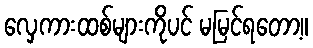
လှေကားထစ်များကိုပင် မမြင်ရတော့။